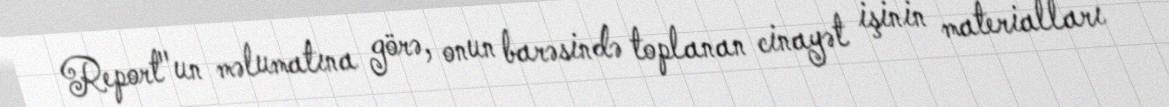
Report"un məlumatına görə, onun barəsində toplanan cinayət işinin materialları